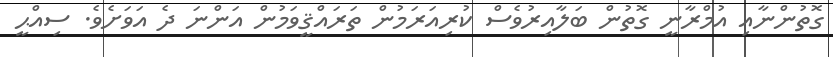
ގޮތުންނާއި އުމްރާނީ ގޮތުން ބަލާއިރުވެސް ކުރިއަރަމުން ތަރައްޤީވަމުން އަންނަ ދެ އަވަށެވެ. ސިއްޙީ